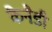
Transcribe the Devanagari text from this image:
कैनैडी